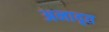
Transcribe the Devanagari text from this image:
अनादृत